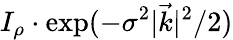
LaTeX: I_{\rho}\cdot\exp(-\sigma^{2}|\vec{k}|^{2}/2)